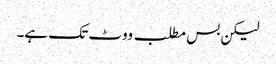
لیکن بس مطلب ووٹ تک ہے۔